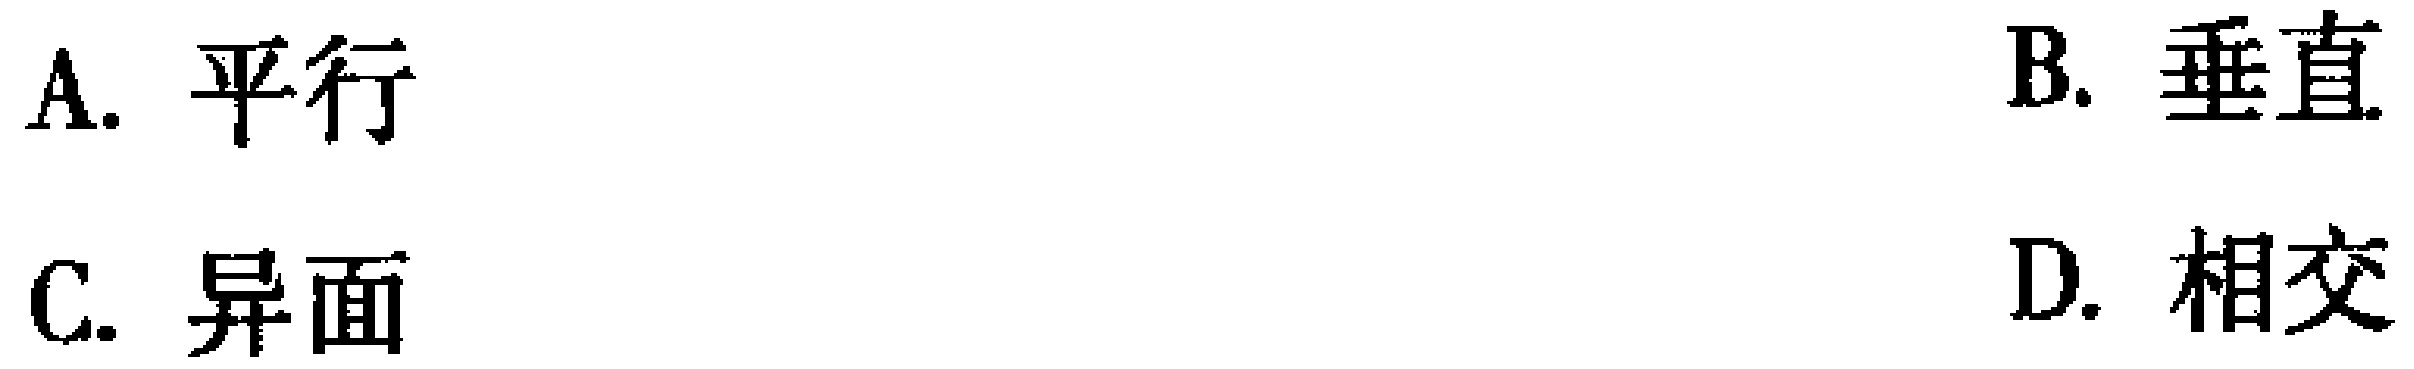
A. 平行
B. 垂直
C. 异面
D. 相交